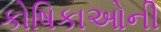
કોષિકાઓની